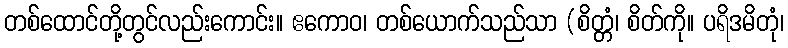
တစ်ထောင်တို့တွင်လည်းကောင်း။ ဧကောဝ၊ တစ်ယောက်သည်သာ (စိတ္တံ၊ စိတ်ကို။ ပရိဒမိတုံ၊